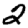
Digit: 2